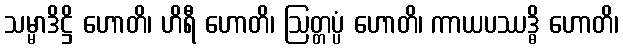
သမ္မာဒိဋ္ဌိ ဟောတိ၊ ဟိရီ ဟောတိ၊ ဩတ္တပ္ပံ ဟောတိ၊ ကာယပဿဒ္ဓိ ဟောတိ၊